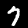
Digit: 7